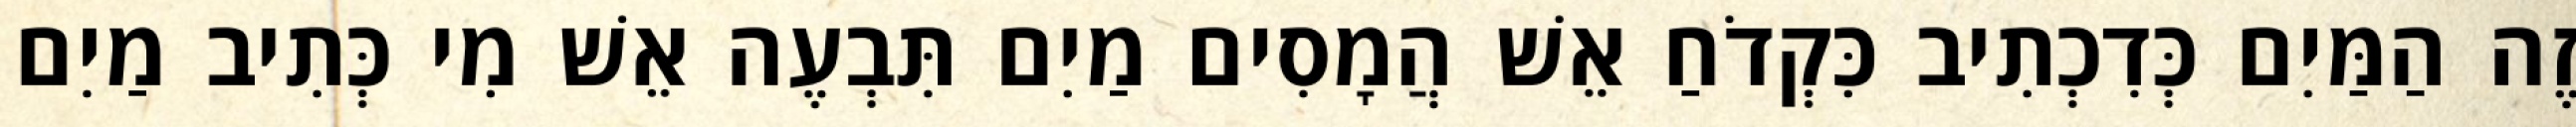
זֶה הַמַּיִם כְּדִכְתִיב כִּקְדֹחַ אֵשׁ הֲמָסִים מַיִם תִּבְעֶה אֵשׁ מִי כְּתִיב מַיִם